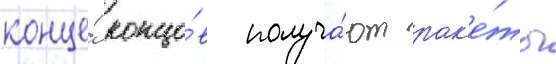
конце́ концо́в получа́ют рак'е́ты